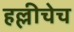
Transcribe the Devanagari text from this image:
हल्लीचेच